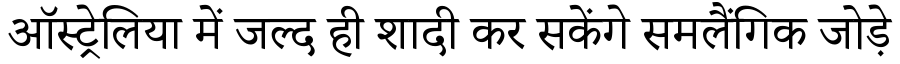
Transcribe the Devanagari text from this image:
ऑस्ट्रेलिया में जल्द ही शादी कर सकेंगे समलैंगिक जोड़े